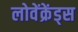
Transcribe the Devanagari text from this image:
लोवेंक्रेंड्स